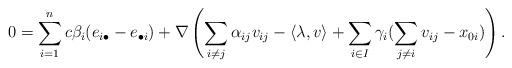
LaTeX: \begin{align*} 0 = \sum_{i=1}^n c \beta_i(e_{i\bullet} - e_{\bullet i}) + \nabla \left(\sum_{i\neq j} \alpha_{ij}v_{ij} - \langle\lambda,v\rangle +\sum_{i\in I}\gamma_i (\sum_{j\neq i}v_{ij} - x_{0i})\right).\end{align*}